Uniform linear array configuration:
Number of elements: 8
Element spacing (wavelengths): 0.5
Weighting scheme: cosine
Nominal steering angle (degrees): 0
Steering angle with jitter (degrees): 1.799
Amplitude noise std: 0.05
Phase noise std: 0.05

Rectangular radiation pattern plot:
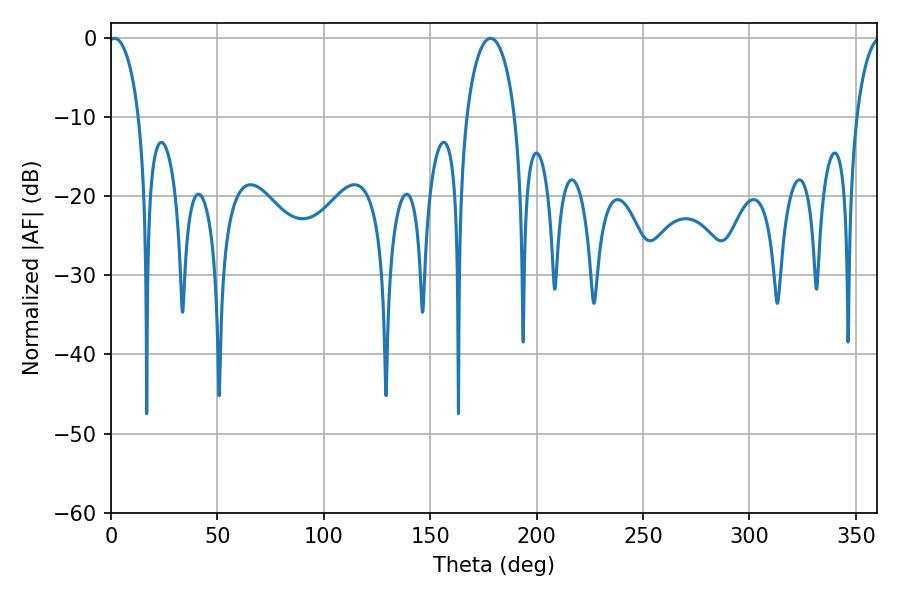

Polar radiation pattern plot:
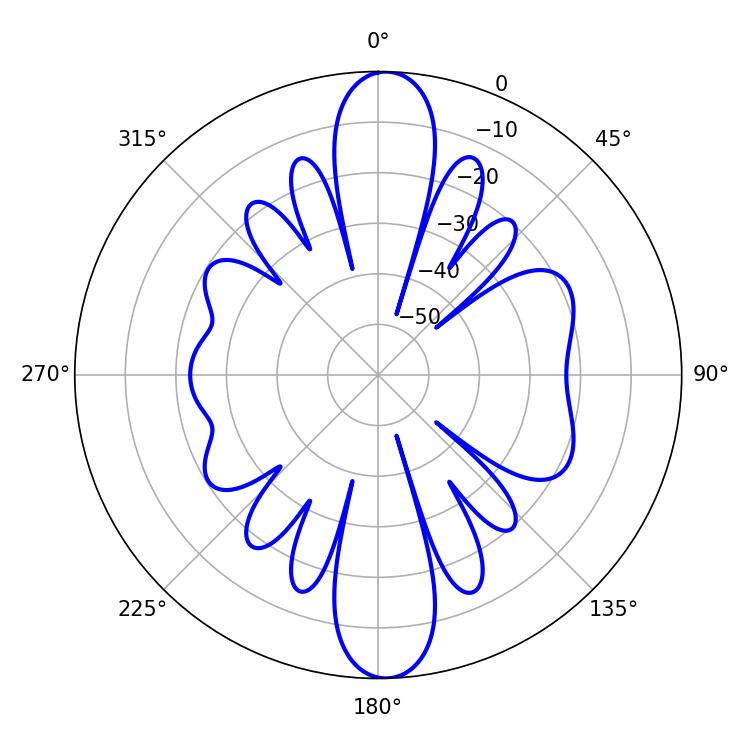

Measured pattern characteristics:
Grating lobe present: FALSE
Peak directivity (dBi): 20.213
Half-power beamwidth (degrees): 8.28
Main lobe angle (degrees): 1.62